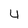
Character: 4